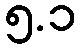
၅.၁